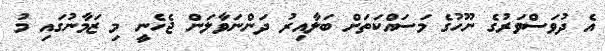
އެ ދުވަސްވަރުގެ ނޫހުގެ މަސައްކަތަށް ބަލާއިރު ދަންނަވާލަން ޖެހެނީ މި ޒަމާނުގައި މު